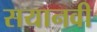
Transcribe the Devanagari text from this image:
सयानवी